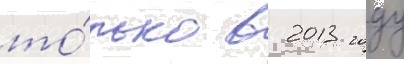
то́лько в 2013 году